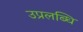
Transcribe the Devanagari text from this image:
उप्रलब्धि